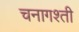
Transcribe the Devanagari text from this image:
चनागश्ती